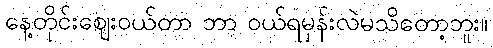
နေ့တိုင်းဈေးဝယ်တာ ဘာ ဝယ်ရမှန်းလဲမသိတော့ဘူး။